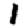
Digit: 1